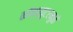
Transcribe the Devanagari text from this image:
कॉम्प्युटरमुळे